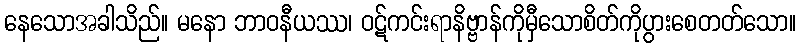
နေသောအခါသိည်။ မနော ဘာဝနီယဿ၊ ဝဋ်ကင်းရာနိဗ္ဗာန်ကိုမှီသောစိတ်ကိုပွားစေတတ်သော။